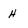
Character: H